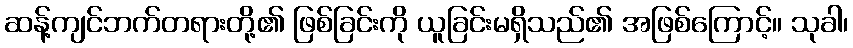
ဆန့်ကျင်ဘက်တရားတို့၏ ဖြစ်ခြင်းကို ယူခြင်းမရှိသည်၏ အဖြစ်ကြောင့်။ သုခါ၊